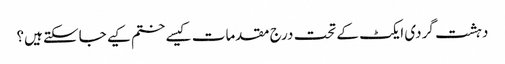
دہشت گردی ایکٹ کے تحت درج مقدمات کیسے ختم کیے جاسکتے ہیں؟